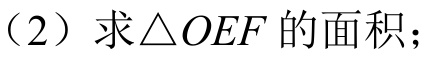
（2）求\(\triangle OEF\)的面积；